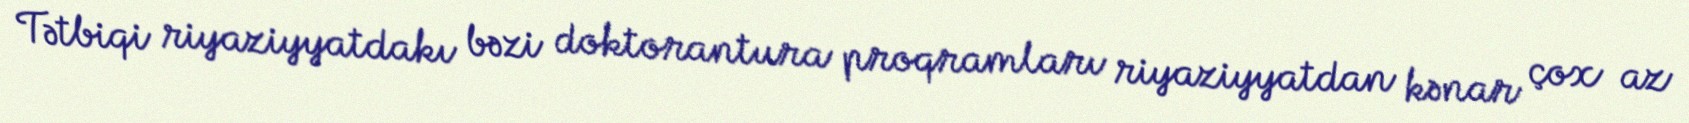
Tətbiqi riyaziyyatdakı bəzi doktorantura proqramları riyaziyyatdan kənar çox az